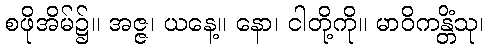
စဖိုအိမ်၌။ အဇ္ဇ၊ ယနေ့။ နော၊ ငါတို့ကို။ မာဝိကန္တိံသု၊